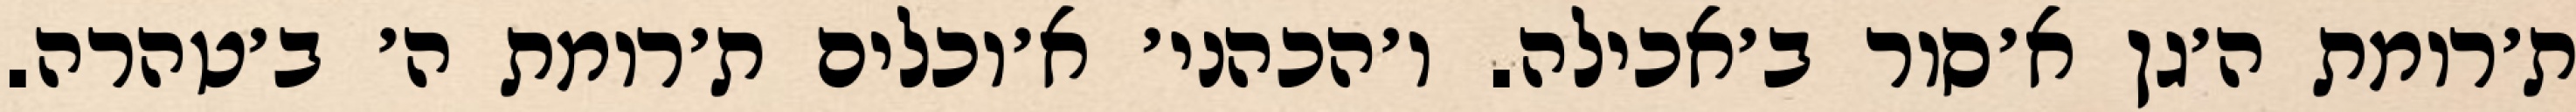
ת׳רומת ה׳גן א׳סור ב׳אכילה. ו׳הכהני׳ א׳וכלים ת׳רומת ה׳ ב׳טהרה.